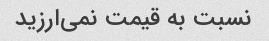
نسبت به قیمت نمی‌ارزید